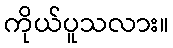
ကိုယ်ပူသလား။